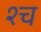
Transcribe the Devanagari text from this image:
श्‍च